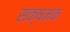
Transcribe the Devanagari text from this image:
सक्षमक